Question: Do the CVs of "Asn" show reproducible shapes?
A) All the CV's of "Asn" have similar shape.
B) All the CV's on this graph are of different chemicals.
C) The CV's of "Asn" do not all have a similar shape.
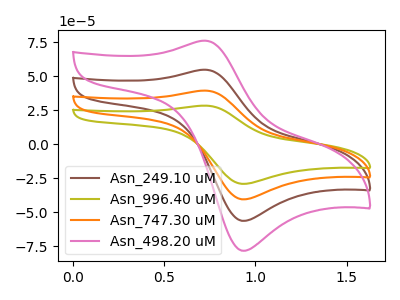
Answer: <think>The brown curve "Asn_249.10 uM" has an anodic peak at (0.70V, 54.80uA) and a cathodic peak at (0.95V, -56.40uA). The olive curve "Asn_996.40 uM" has an anodic peak at (0.70V, 164.35uA) and a cathodic peak at (0.95V, -169.15uA). The orange curve "Asn_747.30 uM" has an anodic peak at (0.70V, 109.55uA) and a cathodic peak at (0.95V, -112.75uA). The pink curve "Asn_498.20 uM" has an anodic peak at (0.70V, 76.15uA) and a cathodic peak at (0.95V, -78.40uA).
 All the peaks in "Asn_249.10 uM" have a peak in "Asn_996.40 uM" at the same potential. Every peak in "Asn_249.10 uM" is lower than every peak in "Asn_996.40 uM". All the peaks in "Asn_249.10 uM" have a peak in "Asn_747.30 uM" at the same potential. Every peak in "Asn_249.10 uM" is lower than every peak in "Asn_747.30 uM". All the peaks in "Asn_249.10 uM" have a peak in "Asn_498.20 uM" at the same potential. Every peak in "Asn_249.10 uM" is lower than every peak in "Asn_498.20 uM". All the peaks in "Asn_996.40 uM" have a peak in "Asn_747.30 uM" at the same potential. Every peak in "Asn_996.40 uM" is higher than every peak in "Asn_747.30 uM". All the peaks in "Asn_996.40 uM" have a peak in "Asn_498.20 uM" at the same potential. Every peak in "Asn_996.40 uM" is higher than every peak in "Asn_498.20 uM". All the peaks in "Asn_747.30 uM" have a peak in "Asn_498.20 uM" at the same potential. Every peak in "Asn_747.30 uM" is higher than every peak in "Asn_498.20 uM".</think>
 <answer>A) All the CV's of "Asn" have similar shape.</answer>
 <eval>A</eval>